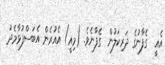
އެއީ  ގެފާނުގެ ދަރިކަލުން  ގެފާނެވެ. (މިއީ) އެއުރެން އެބަސްފުޅާމެދު